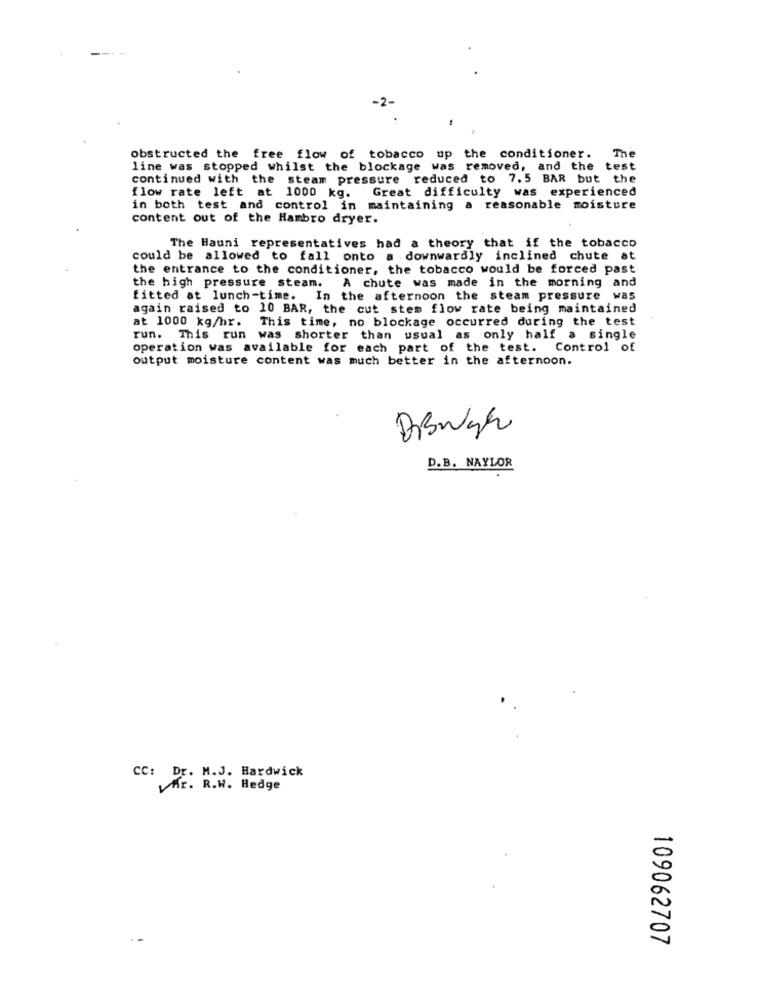
-2-
The
obstructed the free flow of tobacco u
the conditioner.
line was stopped whilst the blockage was removed, and the test
continued with the steam pressure reduced to 7.5 BAR but the
flow rate left at 1000 kg. Great difficulty was experienced
in both test and control in maintaining a reasonable moisture
content out of the Hambro dryer.
The Hauni representatives had a theory that if the tobacco
could be allowed to fall onto a downwardly inclined chute at
the entrance to the conditioner, the tobacco would be forced past
the high pressure steam. A chute was made in the morning and
fitted at lunch-time. In the afternoon the steam pressure was
again raised to 10 BAR, the cut stem flow rate being maintained
at 1000 kg/hr. This time, no blockage occurred during the test
run. This run was shorter than usual as only half a single
operation was available for each part of the test. Control of
output moisture content was much better in the afternoon.
DBwye
D.B. NAYLOR
CC: Dr. M.J. Hardwick
Mr. R.W. Hedge
109062707